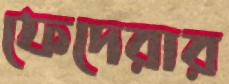
ফেদেরার